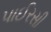
પાઈરસી